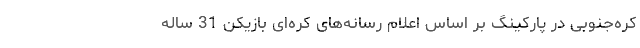
کره‌جنوبی در پارکینگ بر اساس اعلام رسانه‌های کره‌ای بازیکن 31 ساله